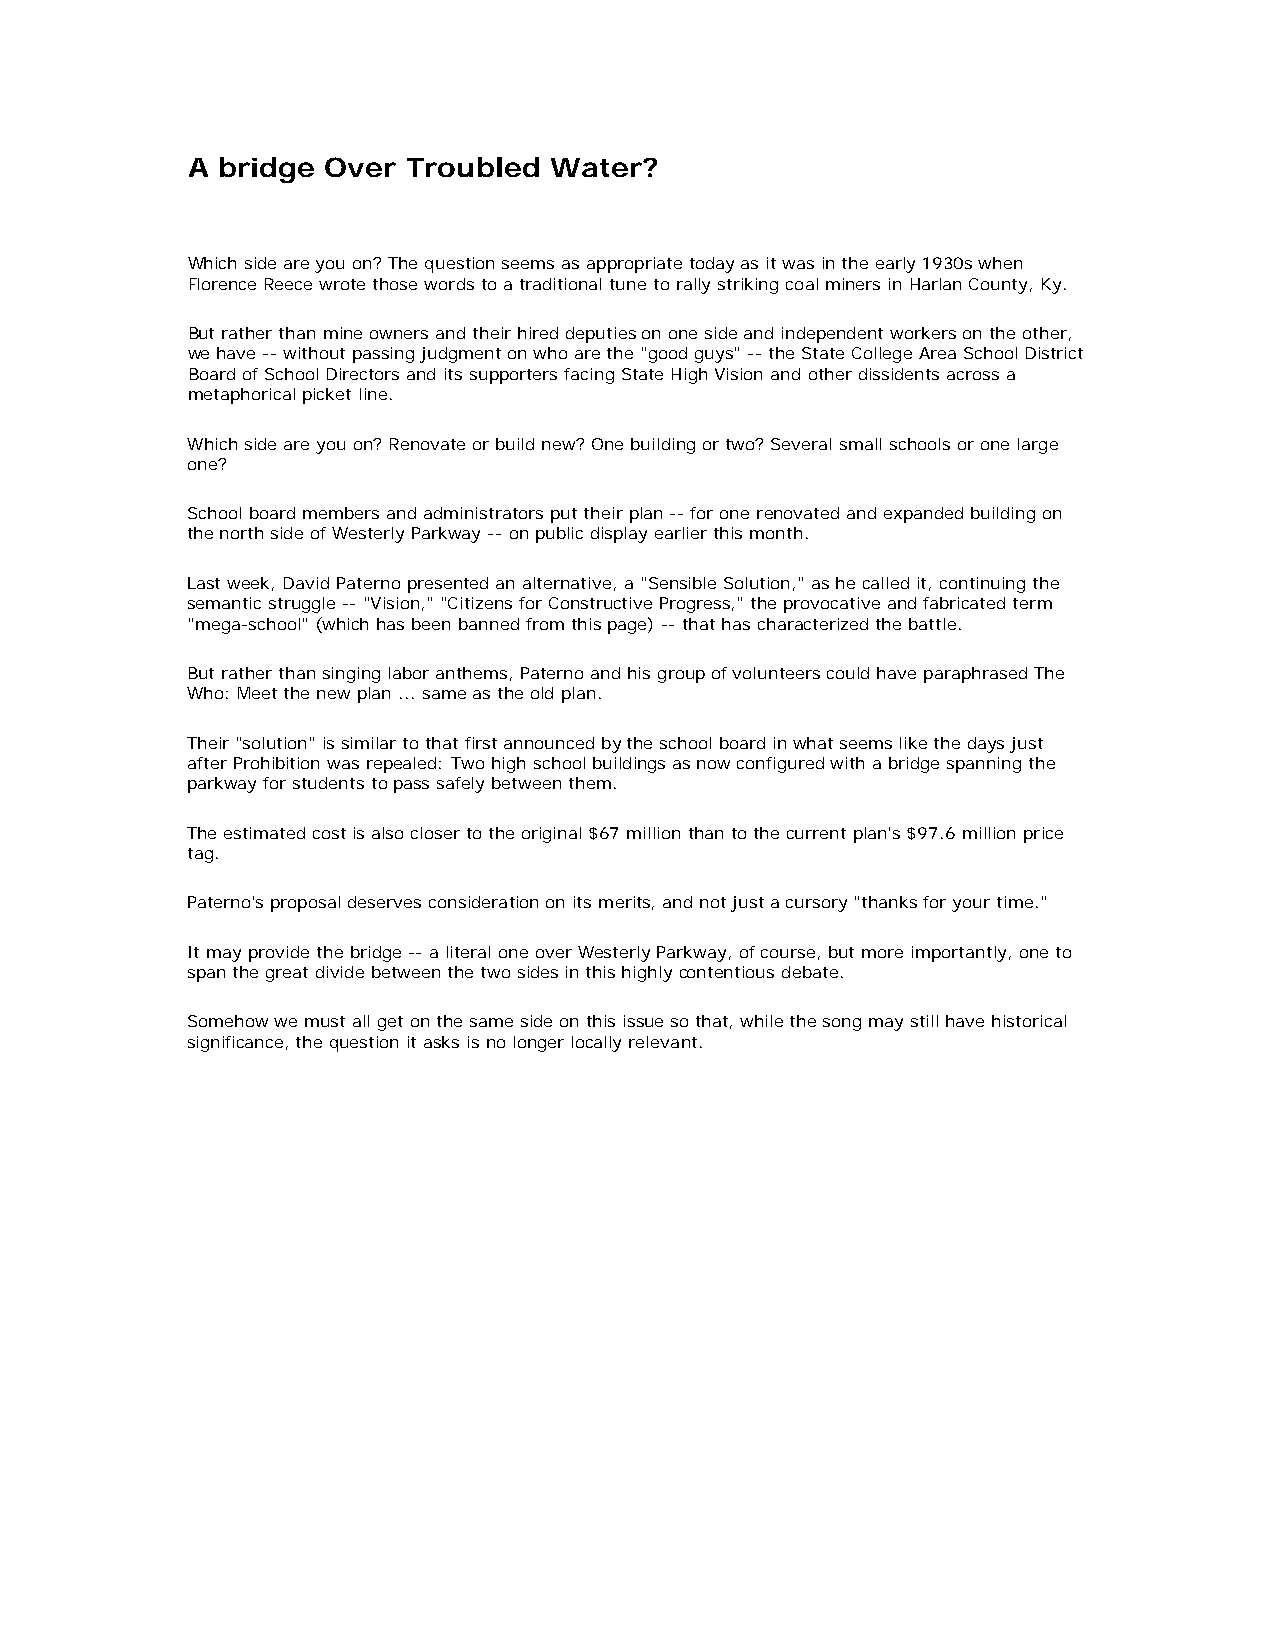
A bridge Over  Troubled Water?
 Which side are you on? The question seems as appropriate today as it was in the early 1930s when
 Florence Reece wrote those words to a traditional tune to rally striking coal miners in Harlan County, Ky.
 But rather than mine owners and their hired deputies on one side and independent workers on the other,
 we have -- without passing judgment on who are the "good guys" -- the State College Area School District
 Board of School Directors and its supporters facing State High Vision and other dissidents across a
 metaphorical picket line.
 Which side are you on? Renovate or build new? One building or two? Several small schools or one large
 one?
 School board members and administrators put their plan -- for one renovated and expanded building on
 the north side of Westerly Parkway -- on public display earlier this month.
 Last week, David Paterno presented an alternative, a "Sensible Solution," as he called it, continuing the
 semantic struggle -- "Vision," "Citizens for Constructive Progress," the provocative and fabricated term
 "mega-school" (which has been banned from this page) -- that has characterized the battle.
 But rather than singing labor anthems, Paterno and his group of volunteers could have paraphrased The
 Who: Meet the new plan ... same as the old plan.
 Their "solution" is similar to that first announced by the school board in what seems like the days just
 after Prohibition was repealed: Two high school buildings as now configured with a bridge spanning the
 parkway for students to pass safely between them.
 The estimated cost is also closer to the original $67 million than to the current plan's $97.6 million price
 tag.
 Paterno's proposal deserves consideration on its merits, and not just a cursory "thanks for your time."
 It may provide the bridge -- a literal one over Westerly Parkway, of course, but more importantly, one to
 span the great divide between the two sides in this highly contentious debate.
 Somehow we must all get on the same side on this issue so that, while the song may still have historical
 significance, the question it asks is no longer locally relevant.